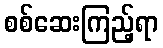
စစ်ဆေးကြည့်ရာ